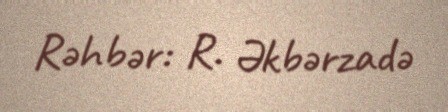
Rəhbər: R. Əkbərzadə